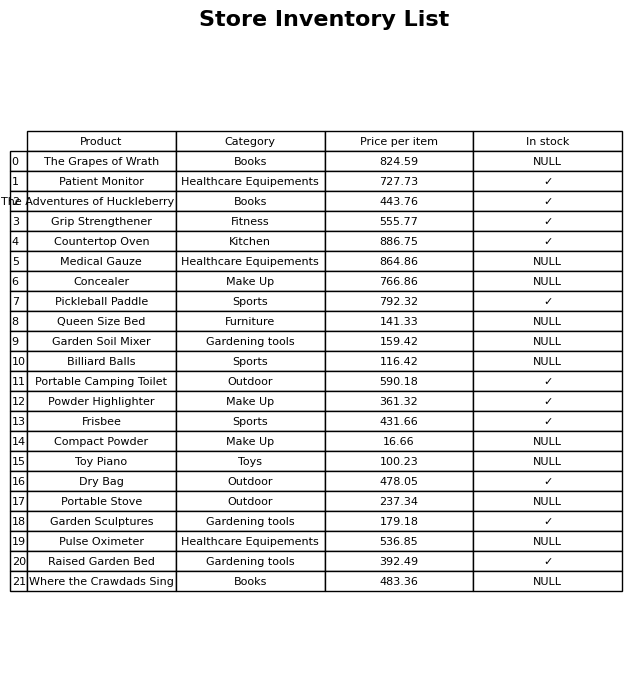
question: What is the price of the The Grapes of Wrath?
answer: The price of The Grapes of Wrath is 824.59.